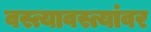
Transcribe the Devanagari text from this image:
वस्त्यावस्त्यांवर